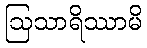
ဩသာရိဿာမိ